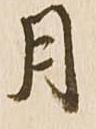
月